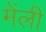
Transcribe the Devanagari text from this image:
मेंली